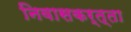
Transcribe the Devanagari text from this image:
निवासकर्त्ता